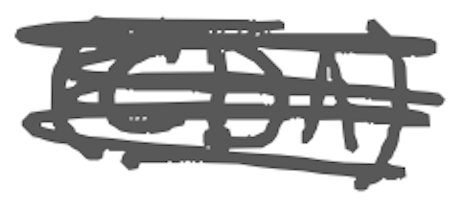
Text: (CDA)
Cross-out: scratch
Writing tool: digital_gray